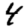
Digit: 4